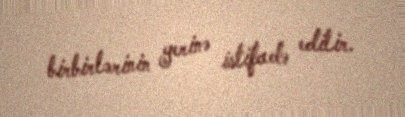
birbirlərinin yerinə istifadə edilir.